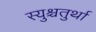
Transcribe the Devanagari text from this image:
स्युश्चतुर्था